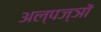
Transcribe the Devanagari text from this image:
अल्पज्ञों